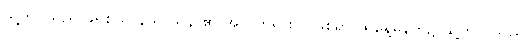
သူ့ဘဝသည် ခရစ်ယာန်သာသနာ၏ အလှတရားပင်ဖြစ်ရာ ထိုနေ့မနက်၌ သူ့ဘဝ သည်